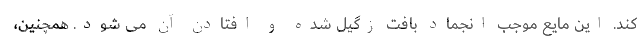
کند. این مایع موجب انجماد بافت زگیل شده و افتادن آن می شود. همچنین،